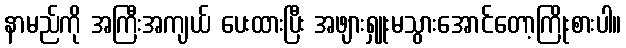
နာမည်ကို အကြီးအကျယ် ပေးထားပြီး အဖျားရှူးမသွားအောင်တော့ကြိုးစားပါ။